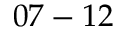
0 7 - 1 2